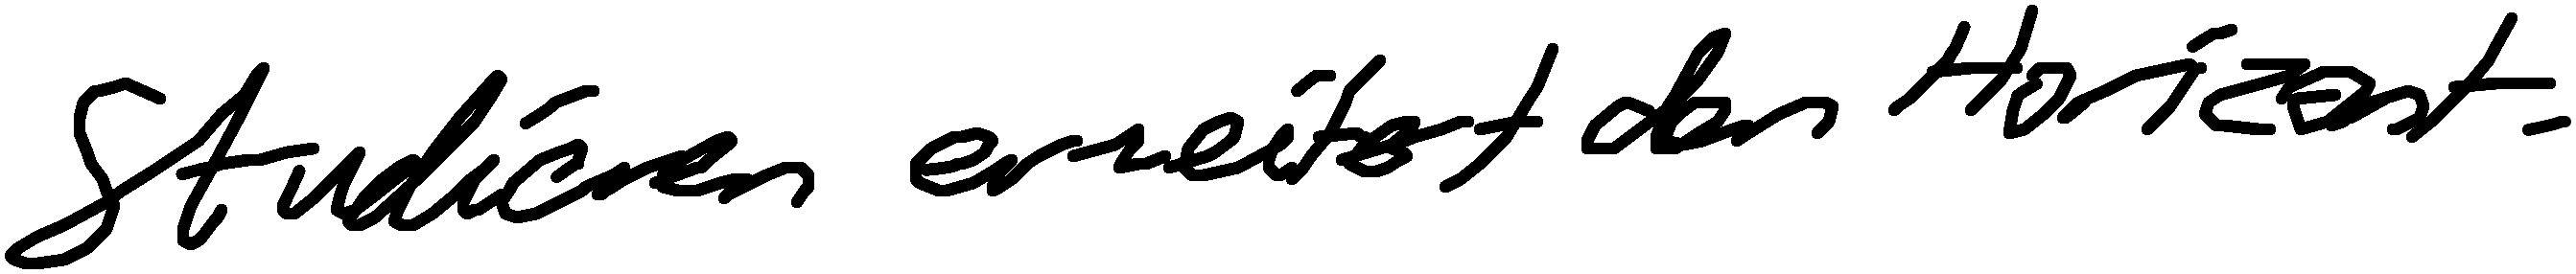
Studieren erweitert den Horizont.